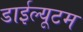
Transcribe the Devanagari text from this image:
डाईल्यूटम